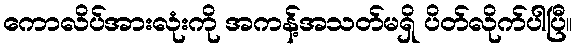
ကောလိပ်အားလုံးကို အကန့်အသတ်မရှိ ပိတ်လိုက်ပါပြီ။